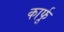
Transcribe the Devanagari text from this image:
कार्फू